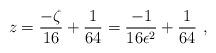
LaTeX: \begin{align*}z = \frac{- \zeta}{16} + \frac{1}{64} =\frac{- 1}{16 \epsilon^2 } + \frac{1}{64} \ ,\end{align*}